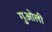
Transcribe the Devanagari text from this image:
गुओली